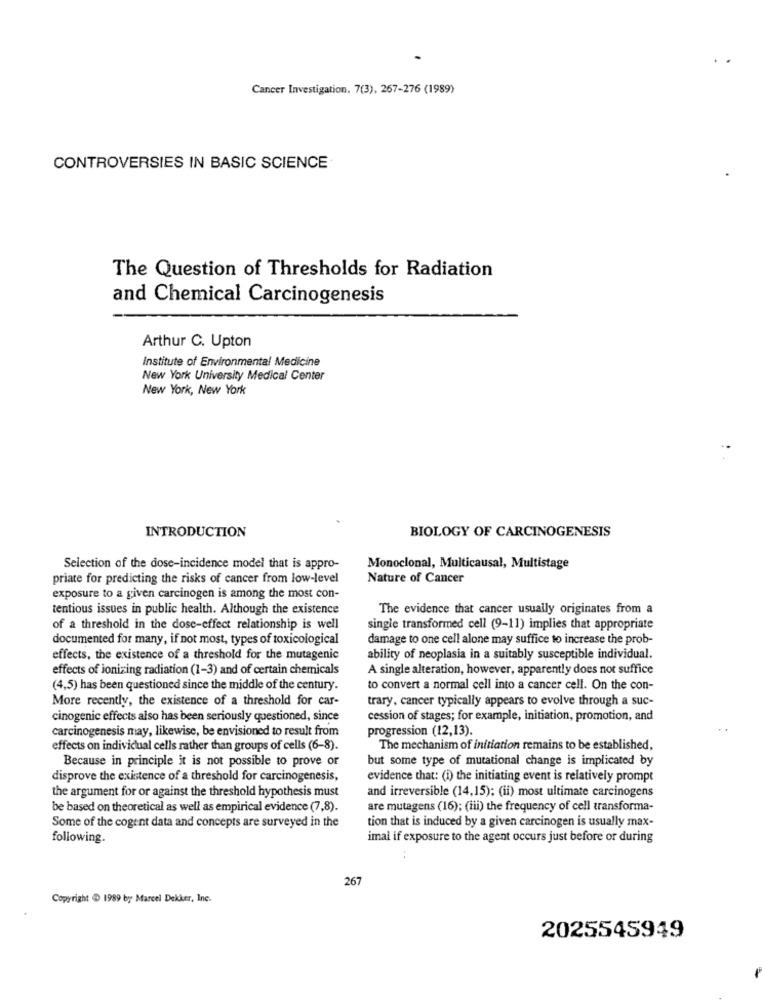
Cancer Investigation. 7(3), 267-276 (1989)
CONTROVERSIES IN BASIC SCIENCE
The Question of Thresholds for Radiation
and Chemical Carcinogenesis
Arthur C. Upton
Institute of Environmental Medicine
New York University Medical Center
New York, New York
INTRODUCTION
BIOLOGY OF CARCINOGENESIS
Selection of the dose-incidence model that is appro-
Monoclonal, Multicausal, Multistage
priate for predicting the risks of cancer from low-level
Nature of Cancer
exposure to a given carcinogen is among the most con-
tentious issues in public health. Although the existence
The evidence that cancer usually originates from a
of a threshold in the dose-effect relationship is well
single transformed cell (9-11) implies that appropriate
documented for many, if not most, types of toxicological
damage to one cell alone may suffice to increase the prob-
effects, the existence of a threshold for the mutagenic
ability of neoplasia in a suitably susceptible individual.
effects of ionizing radiation (1-3) and of certain chemicals
A single alteration, however, apparently does not suffice
(4,5) has been questioned since the middle of the century.
to convert a normal cell into a cancer cell. On the con-
More recently, the existence of a threshold for car-
trary, cancer typically appears to evolve through a suc-
cinogenic effects also has been seriously questioned, since
cession of stages; for example, initiation, promotion, and
carcinogenesis may, likewise, be envisioned to result from
progression (12,13).
effects on individual cells rather than groups of cells (6-8).
The mechanism of initiation remains to be established,
Because in principle it is not possible to prove or
but some type of mutational change is implicated by
disprove the existence of a threshold for carcinogenesis,
evidence that: (i) the initiating event is relatively prompt
the argument for or against the threshold hypothesis must
and irreversible (14,15); (ii) most ultimate carcinogens
be based on theoretical as well as empirical evidence (7,8).
are mutagens (16); (iii) the frequency of cell transforma-
tion that is induced by a given carcinogen is usually max-
Some of the cogent data and concepts are surveyed in the
following.
imal if exposure to the agent occurs just before or during
267
Copyright @ 1989 by Marcel Dekker, Inc.
2025545949